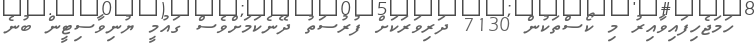
ހަމަޖެހިފައިވާއިރު މި ކޯސްތަކުން 7130 ދަރިވަރަކަށް ފުރުސަތު ދޭނެކަމަށްވެސް ގައުމީ ޔުނިވާސިޓީން ބުނެ